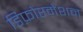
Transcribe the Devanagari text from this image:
डिफ़ोरमेशन